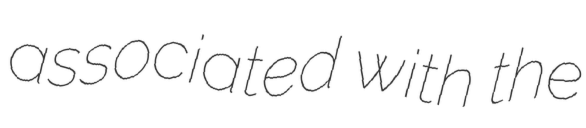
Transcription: associated with the